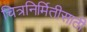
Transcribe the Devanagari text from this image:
चित्रनिर्मितीसाठी